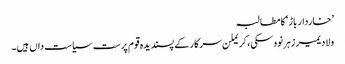
’خاردار باڑ‘ کا مطالبہ
ولادیمیر زہرنووسکی، کریملن سرکار کے پسندیدہ قوم پرست سیاست داں ہیں۔